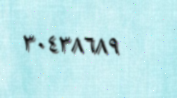
٣٠٤٣٨٦٨٩